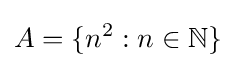
A=\{n^{2}:n\in \mathbb {N} \}